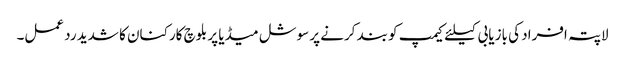
لاپتہ افراد کی بازیابی کیلئے کیمپ کو بند کرنے پر سوشل میڈیا پر بلوچ کارکنان کا شدید رد عمل۔